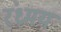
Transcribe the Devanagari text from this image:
रंध्रमय